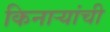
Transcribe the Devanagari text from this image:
किनाऱ्यांची